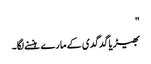
"
بھیڑیا گدگدی کے مارے ہنسنے لگا۔